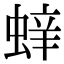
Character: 𮔝